Civil Veterinary Dept. North-West Frontier Province 1901-22 - 1901-1922
Year: 1901
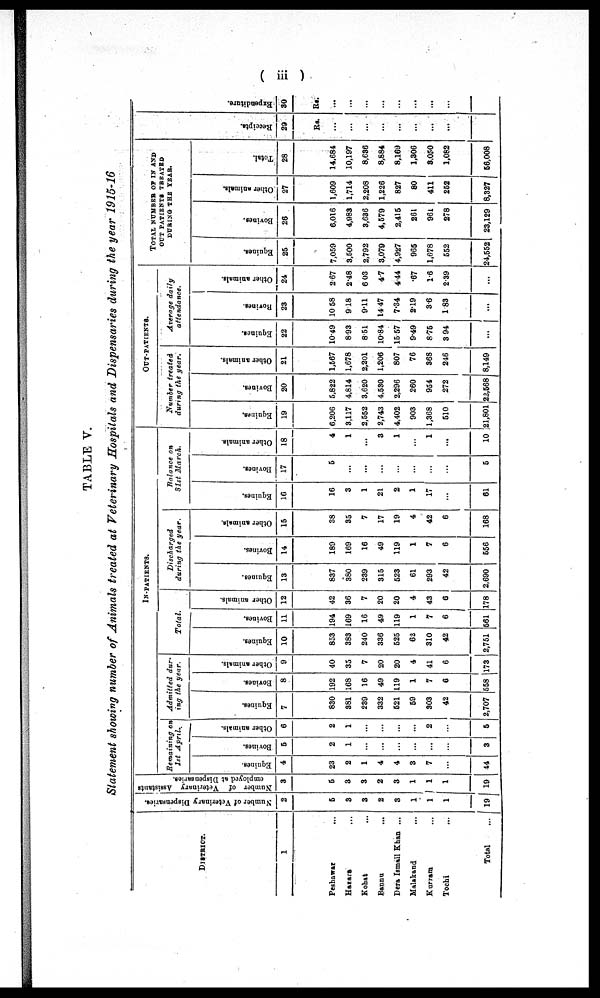
(iii)
TABLE V.
Statement showing number of Animals treated at Veterinary Hospitals and Dispensaries during the year 1915-16
DISTRICT.
1
Peshawar ...
Hazara ...
Kohat ...
Bannu ...
Dera Ismail Khan ...
Malakand ...
Kurram ...
Tochi ...
Total
...
Number of Veterinary Dispensaries.
2
5
3
3
2
3
1
1
1
19
Number of Veterinary Assistants
employed at Dispensaries.
3
5
3
3
2
3
1
1
1
19
IN-PATIENTS.
Remaining on
1st April.
Equines.
4
23
2
1
4
4
3
7
...
44
Bovines.
5
2
1
...
...
...
...
...
...
3
Other animals.
6
2
1
...
...
...
...
2
...
5
Admitted dur-
ing the year.
Equines.
7
830
381
239
332
521
59
303
42
2,707
Bovines.
8
192
168
16
49
119
1
7
6
558
Other animals.
9
40
35
7
20
20
4
41
6
173
Total.
Equines.
10
853
383
240
336
525
62
310
42
2,751
Bovines.
11
194
169
16
49
119
1
7
6
561
Other animals.
12
42
36
7
20
20
4
43
6
178
Discharged
during the gear.
Equines.
13
837
380
239
315
523
61
293
42
2,690
Bovines.
14
189
169
16
49
119
1
7
6
556
Other animals.
15
38
35
7
17
19
4
42
6
168
Balance on
31st March.
Equines.
10
16
3
1
21
2
1
17
...
61
Bovines.
17
5
...
...
...
...
...
...
...
5
Other animals.
18
4
1
...
3
1
...
1
...
10
OUT-PATIENTS.
Number treated
during the gear.
Equines.
19
6,206
3,117
2,552
2,743
4,402
903
1,368
510
21,801
Bovines.
20
5,822
4,814
3,620
4,530
2,296
260
954
272
22,568
Other animals.
21
1,567
1,678
2,201
1,206
807
76
368
246
8,149
Average daily
attendance.
Equines.
22
10.49
8.93
8.51
10.84
15.57
9.49
8.75
3.94
...
bovines.
23
10.58
9.18
9.11
14.47
7.34
2.19
3.6
1.83
...
Other animals.
24
2.67
2.48
6.03
4.7
4.44
.67
1.6
2.39
...
TOTAL NUMBER OF IN AND
OUT PATIENTS TREATED
DURING THE
YEAR.
Equines.
25
7,059
3,500
2,792
3,079
4,927
965
1,678
552
24,552
Bovines.
26
6,016
4,983
3,636
4,579
2,415
261
961
278
23,129
Other animals.
27
1,609
1,714
2,208
1,226
827
80
411
252
8,327
Total.
28
14,684
10,197
8,636
8,884
8,169
1,306
3,050
1,082
56,008
Recei pt s .
29
Rs.
...
...
...
...
...
...
...
...
...
Expendi t
ur e.
30
Rs.
...
...
...
...
...
...
...
...
...